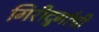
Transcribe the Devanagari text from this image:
गिरीदुर्गाची